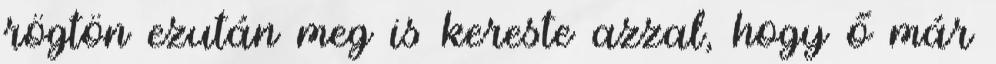
rögtön ezután meg is kereste azzal, hogy ő már